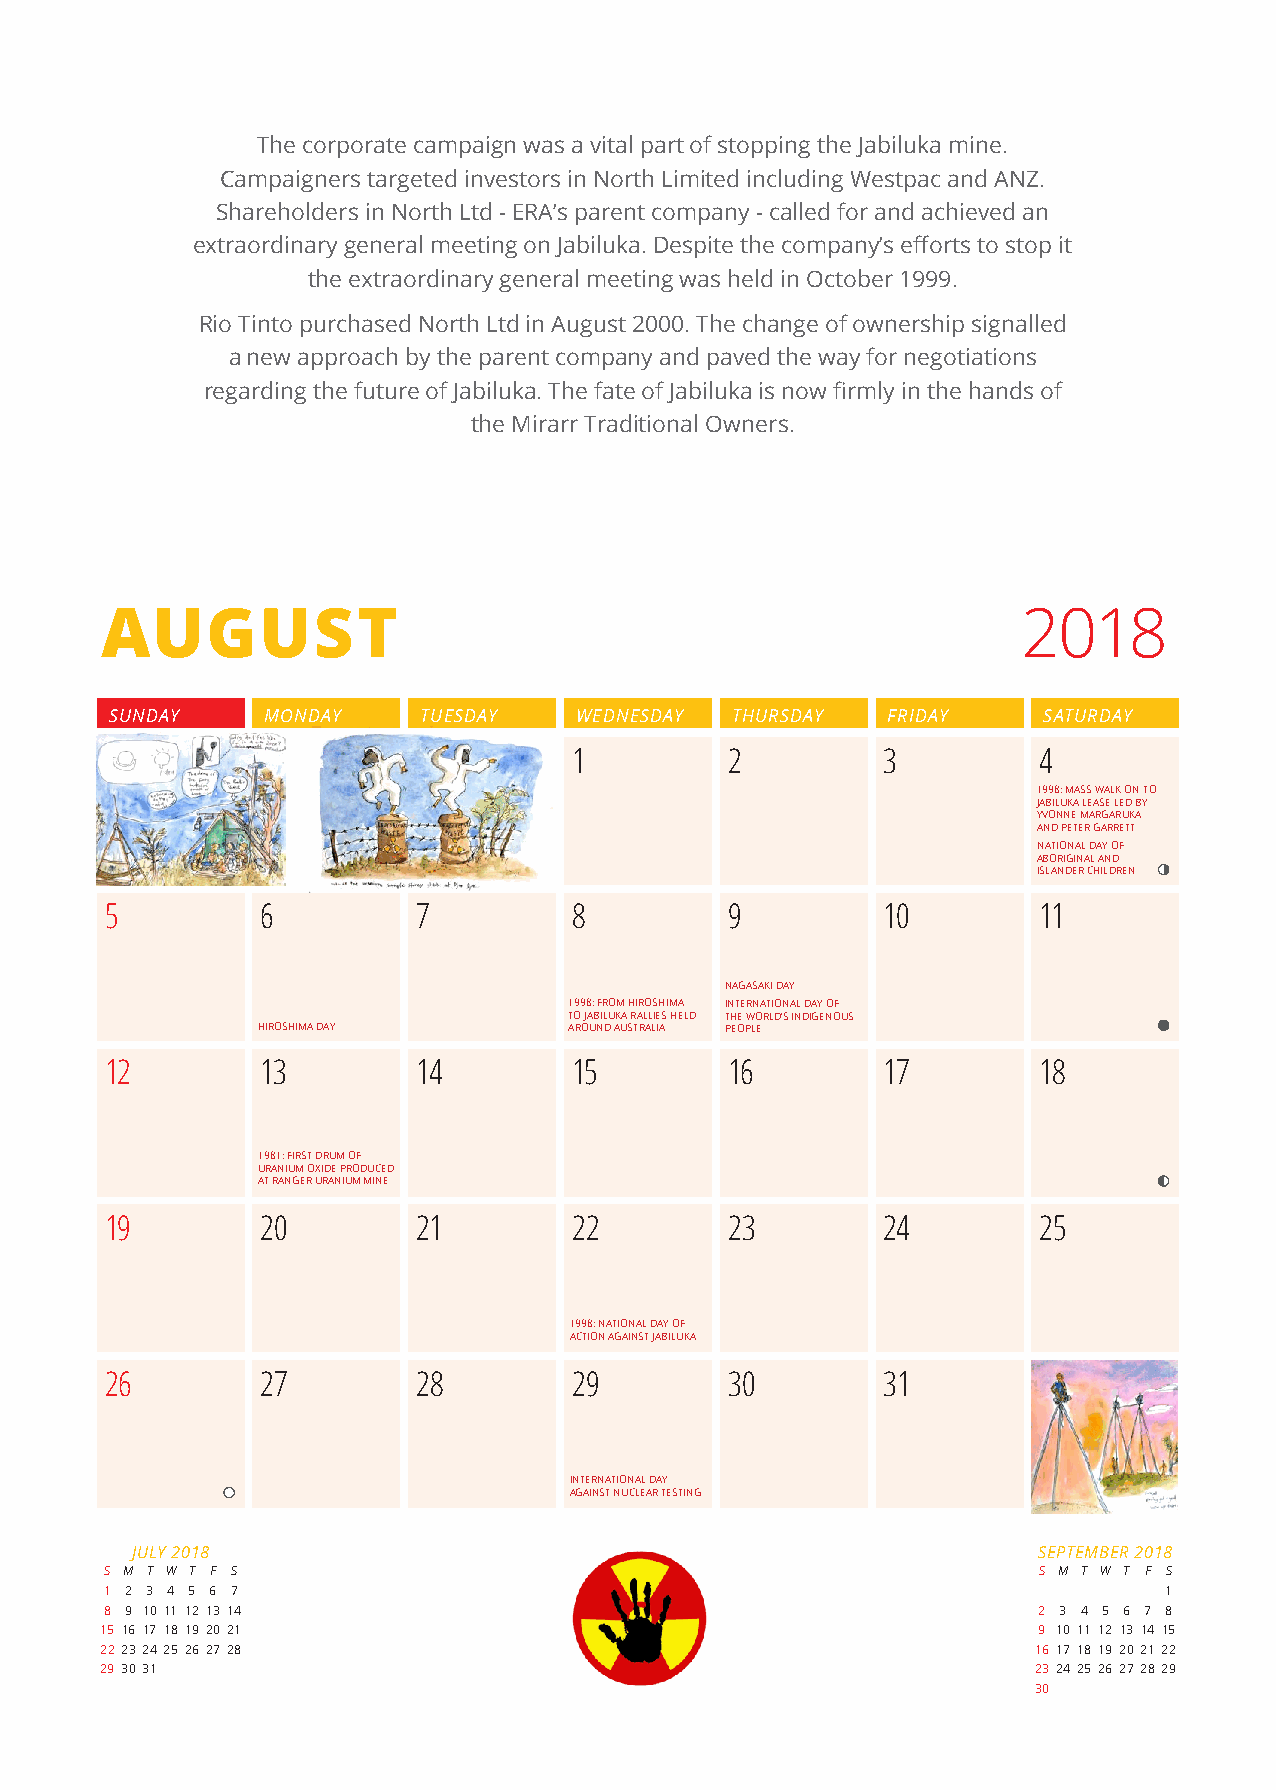
The corporate campaign was a vital part of stopping the Jabiluka mine.
 Campaigners targeted investors in North Limited including Westpac and ANZ.
 Shareholders in North Ltd - ERA’s parent company - called for and achieved an
 extraordinary general meeting on Jabiluka. Despite the company’s efforts to stop it
 the extraordinary general meeting was held in October 1999.
 Rio Tinto purchased North Ltd in August 2000. The change of ownership signalled
 a new approach by the parent company and paved the way for negotiations
 regarding the future of Jabiluka. The fate of Jabiluka is now firmly in the hands of
 the Mirarr Traditional Owners.
 AUGUST                                                       2018
 SUNDAY    MONDAY     TUESDAY   WEDNESDAY THURSDAY   FRIDAY    SATURDAY
 29        30         31        1         2         3          4
 1998: MASS WALK ON TO
 JABILUKA LEASE LED BY
 YVONNE MARGARUKA
 AND PETER GARRETT
 NATIONAL DAY OF
 ABORIGINAL AND
 ISLANDER CHILDREN
 5         6          7         8         9         10         11
 NAGASAKI DAY
 1998: FROM HIROSHIMA INTERNATIONAL DAY OF
 TO JABILUKA RALLIES HELD THE WORLD’S INDIGENOUS
 HIROSHIMA DAY        AROUND AUSTRALIA PEOPLE
 12        13         14        15        16        17         18
 1981: FIRST DRUM OF
 URANIUM OXIDE PRODUCED
 AT RANGER URANIUM MINE
 19        20         21        22        23        24         25
 1998: NATIONAL DAY OF
 ACTION AGAINST JABILUKA
 26        27         28        29        30        31         1
 INTERNATIONAL DAY
 AGAINST NUCLEAR TESTING
 JULY 2018                                                   SEPTEMBER 2018
 S M T W T F S                                                 S M T W T F S
 1 2 3 4 5 6 7                                                         1
 8 9 10 11 12 13 14                                            2 3 4 5 6 7 8
 15 16 17 18 19 20 21                                          9 10 11 12 13 14 15
 22 23 24 25 26 27 28                                         16 17 18 19 20 21 22
 29 30 31                                                     23 24 25 26 27 28 29
 30